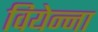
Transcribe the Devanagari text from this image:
वियेन्ना